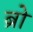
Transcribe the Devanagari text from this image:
ब्रो